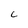
Character: c